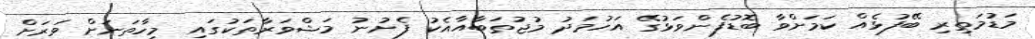
މަޑުމަތިރި ބޭފުޅެއް ކަމަށްވާ ބޮޑުފެންވަޅުގޭ އަހުމަދު މުޖުތަބާއާއެކު ފެށުނު މަޝްވަރާތަކުގައި މިހާތަނަށް ވަރަށް